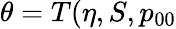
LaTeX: \theta=T(\eta,S,p_{00}